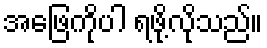
အဖြေကိုပါ ရဖို့လိုသည်။